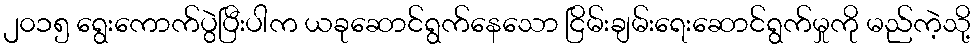
၂၀၁၅ ရွေးကောက်ပွဲပြီးပါက ယခုဆောင်ရွက်နေသော ငြိမ်းချမ်းရေးဆောင်ရွက်မှုကို မည်ကဲ့သို့